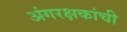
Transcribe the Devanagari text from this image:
अंगरक्षकांची